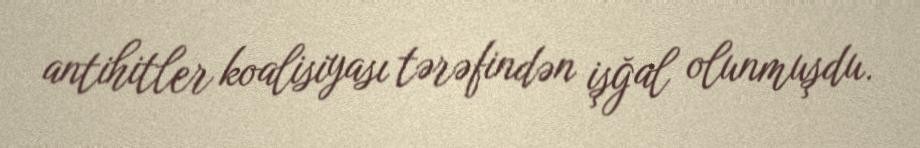
antihitler koalisiyası tərəfindən işğal olunmuşdu.